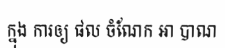
ក្នុង ការឲ្យ ផល ចំណែក ឤ បាណ